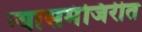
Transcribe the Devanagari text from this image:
न्यासमंजिरीत